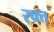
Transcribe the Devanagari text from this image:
रक्त्त